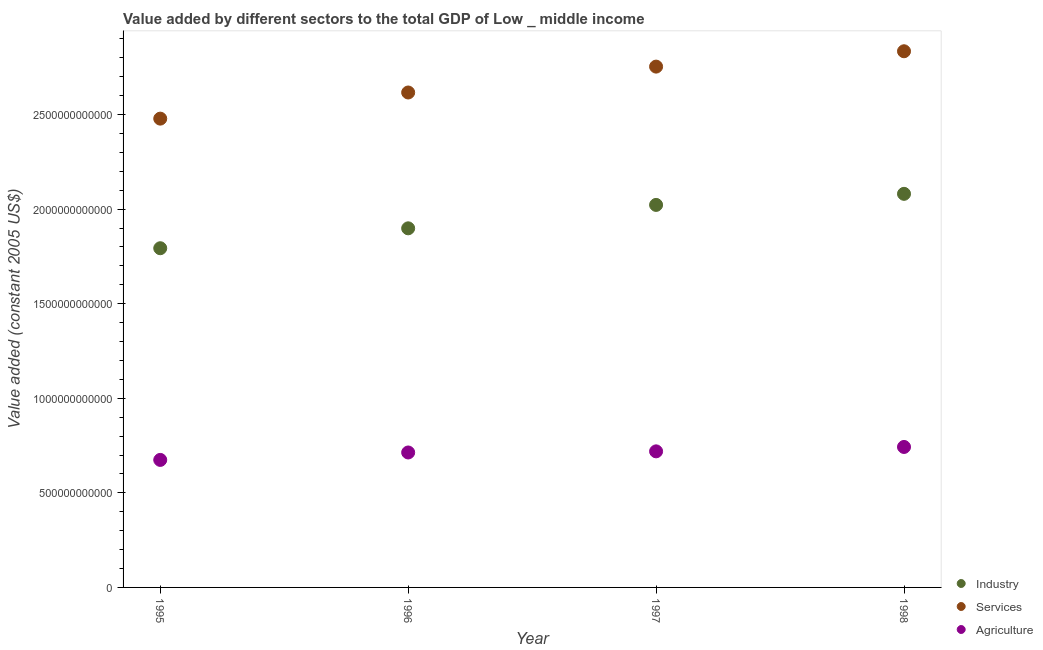
| Year | Industry | Services | Agriculture |
 | --- | --- | --- | --- |
 | 1995 | 1.79e+12 | 2.48e+12 | 6.74e+11 |
 | 1996 | 1.9e+12 | 2.62e+12 | 7.13e+11 |
 | 1997 | 2.02e+12 | 2.75e+12 | 7.19e+11 |
 | 1998 | 2.08e+12 | 2.83e+12 | 7.43e+11 |